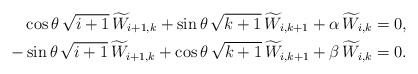
\begin{align*}\begin{aligned}\cos \theta\,\sqrt{i+1}\,\widetilde{W}_{i+1,k}+\sin \theta\,\sqrt{k+1}\,\widetilde{W}_{i,k+1}+\alpha\,\widetilde{W}_{i,k}=0,\\-\sin \theta\,\sqrt{i+1}\,\widetilde{W}_{i+1,k}+\cos \theta\,\sqrt{k+1}\,\widetilde{W}_{i,k+1}+\beta\,\widetilde{W}_{i,k}=0.\end{aligned}\end{align*}